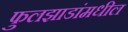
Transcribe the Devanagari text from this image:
फुलझाडांमधील